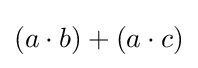
(a\cdot b)+(a\cdot c)